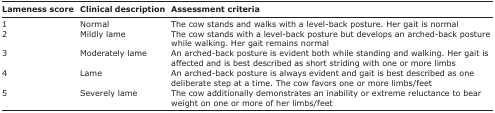
| Lameness score | Clinical description | Assessment criteria |
 | --- | --- | --- |
 | 1 | Normal | The cow stands and walks with a level-back posture. Her gait is normal |
 | 2 | Mildly lame | The cow stands with a level-back posture but develops an arched-back posture while walking. Her gait remains normal |
 | 3 | Moderately lame | An arched-back posture is evident both while standing and walking. Her gait is affected and is best described as short striding with one or more limbs |
 | 4 | Lame | An arched-back posture is always evident and gait is best described as one deliberate step at a time. The cow favors one or more limbs/feet |
 | 5 | Severely lame | The cow additionally demonstrates an inability or extreme reluctance to bear weight on one or more of her limbs/feet |